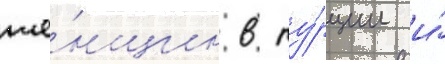
же́нщин в ту́рции и́